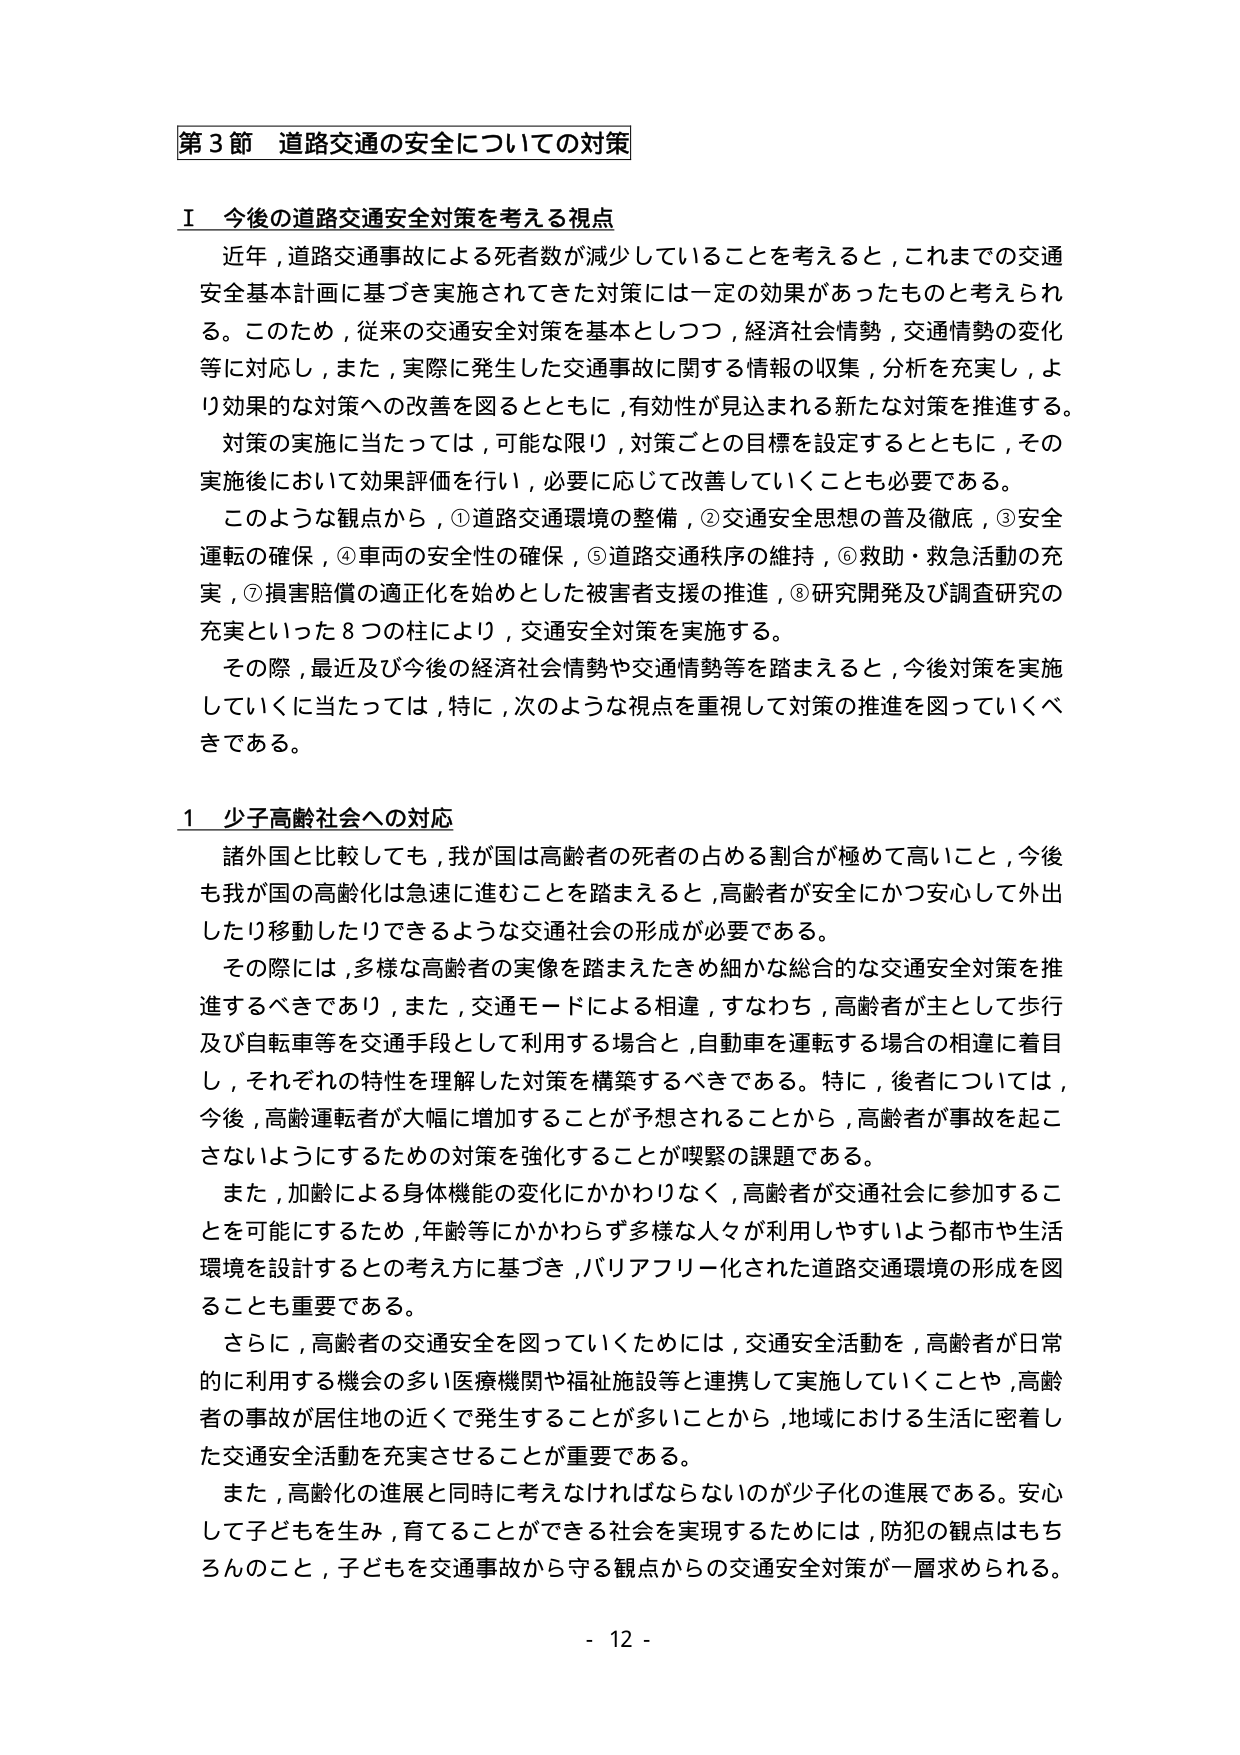
第３節 道路交通の安全についての対策

Ⅰ 今後の道路交通安全対策を考える視点

近年，道路交通事故による死者数が減少していることを考えると，これまでの交通安全基本計画に基づき実施されてきた対策には一定の効果があったものと考えられる。このため，従来の交通安全対策を基本としつつ，経済社会情勢，交通情勢の変化等に対応し，また，実際に発生した交通事故に関する情報の収集，分析を充実し，より効果的な対策への改善を図るとともに，有効性が見込まれる新たな対策を推進する。

対策の実施に当たっては，可能な限り，対策ごとの目標を設定するとともに，その実施後において効果評価を行い，必要に応じて改善していくことも必要である。

このような観点から，①道路交通環境の整備，②交通安全思想の普及徹底，③安全運転の確保，④車両の安全性の確保，⑤道路交通秩序の維持，⑥救助・救急活動の充実，⑦損害賠償の適正化を始めとした被害者支援の推進，⑧研究開発及び調査研究の充実といった８つの柱により，交通安全対策を実施する。

その際，最近及び今後の経済社会情勢や交通情勢等を踏まえると，今後対策を実施していくに当たっては，特に，次のような視点を重視して対策の推進を図っていくべきである。

１ 少子高齢社会への対応

諸外国と比較しても，我が国は高齢者の死者の占める割合が極めて高いこと，今後も我が国の高齢化は急速に進むことを踏まえると，高齢者が安全にかつ安心して外出したり移動したりできるような交通社会の形成が必要である。

その際には，多様な高齢者の実像を踏まえたきめ細かな総合的な交通安全対策を推進するべきであり，また，交通モードによる相違，すなわち，高齢者が主として歩行及び自転車等を交通手段として利用する場合と，自動車を運転する場合の相違に着目し，それぞれの特性を理解した対策を構築するべきである。特に，後者については，今後，高齢運転者が大幅に増加することが予想されることから，高齢者が事故を起こさないようにするための対策を強化することが喫緊の課題である。

また，加齢による身体機能の変化にかかわりなく，高齢者が交通社会に参加することを可能にするため，年齢等にかかわらず多様な人々が利用しやすいよう都市や生活環境を設計するとの考え方に基づき，バリアフリー化された道路交通環境の形成を図ることも重要である。

さらに，高齢者の交通安全を図っていくためには，交通安全活動を，高齢者が日常的に利用する機会の多い医療機関や福祉施設等と連携して実施していくことや，高齢者の事故が居住地の近くで発生することが多いことから，地域における生活に密着した交通安全活動を充実させることが重要である。

また，高齢化の進展と同時に考えなければならないのが少子化の進展である。安心して子どもを生み，育てることができる社会を実現するためには，防犯の観点はもちろんのこと，子どもを交通事故から守る観点からの交通安全対策が一層求められる。

- 12 -